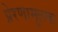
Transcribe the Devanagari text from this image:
प्रेरणामूलक